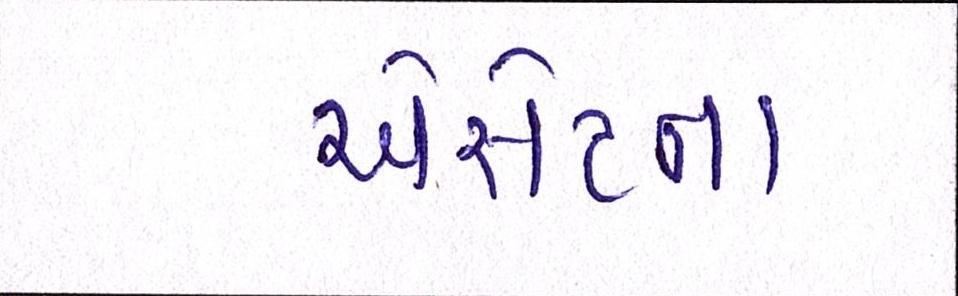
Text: એસેટના